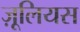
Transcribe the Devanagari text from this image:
ज़ूलियस